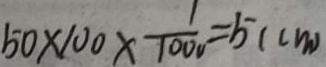
5 0 \times 1 0 0 \times \frac { 1 } { 1 0 0 0 } = 5 ( c m )